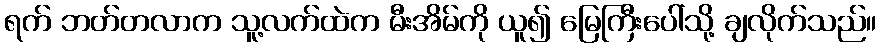
ရက် ဘတ်တလာက သူ့လက်ထဲက မီးအိမ်ကို ယူ၍ မြေကြီးပေါ်သို့ ချလိုက်သည်။